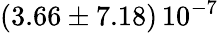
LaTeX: \left(3.66\pm 7.18\right)\, 10^{-7}